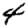
Digit: 4